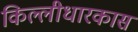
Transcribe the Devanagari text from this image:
किल्लीधारकास